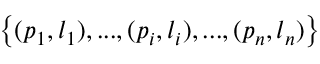
\left\{ ( p _ { 1 } , l _ { 1 } ) , . . . , ( p _ { i } , l _ { i } ) , . . . , ( p _ { n } , l _ { n } ) \right\}